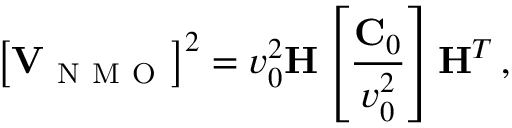
\left[ { \bf V } _ { \mathrm { ~ N ~ M ~ O ~ } } \right] ^ { 2 } = v _ { 0 } ^ { 2 } { \bf H } \left[ \frac { { \bf C } _ { 0 } } { v _ { 0 } ^ { 2 } } \right] { \bf H } ^ { T } \, ,